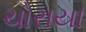
ચોરાયા